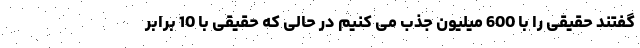
گفتند حقیقی را با 600 میلیون جذب می کنیم در حالی که حقیقی با 10 برابر